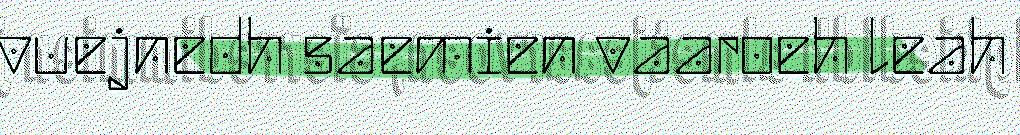
vuejnedh saemien vaaroeh leah